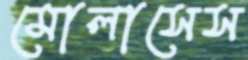
মোলাসেস